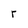
Character: r